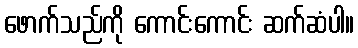
ဖောက်သည်ကို ကောင်းကောင်း ဆက်ဆံပါ။